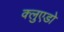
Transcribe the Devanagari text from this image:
क्लुएडो